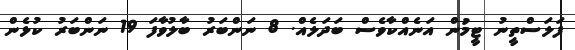
ފަލަސްތީނު ޓީމުން އަނެއްކާވެސް ބަދަލެއް. 8 ނަންބަރު ބާލުވާފަ 19 ނަންބަރު ކުޅެން